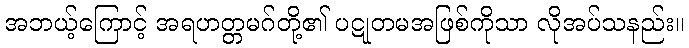
အဘယ့်ကြောင့် အရဟတ္တမဂ်တို့၏ ပဋုတမအဖြစ်ကိုသာ လိုအပ်သနည်း။